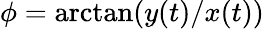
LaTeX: \phi=\arctan(y(t)/x(t))